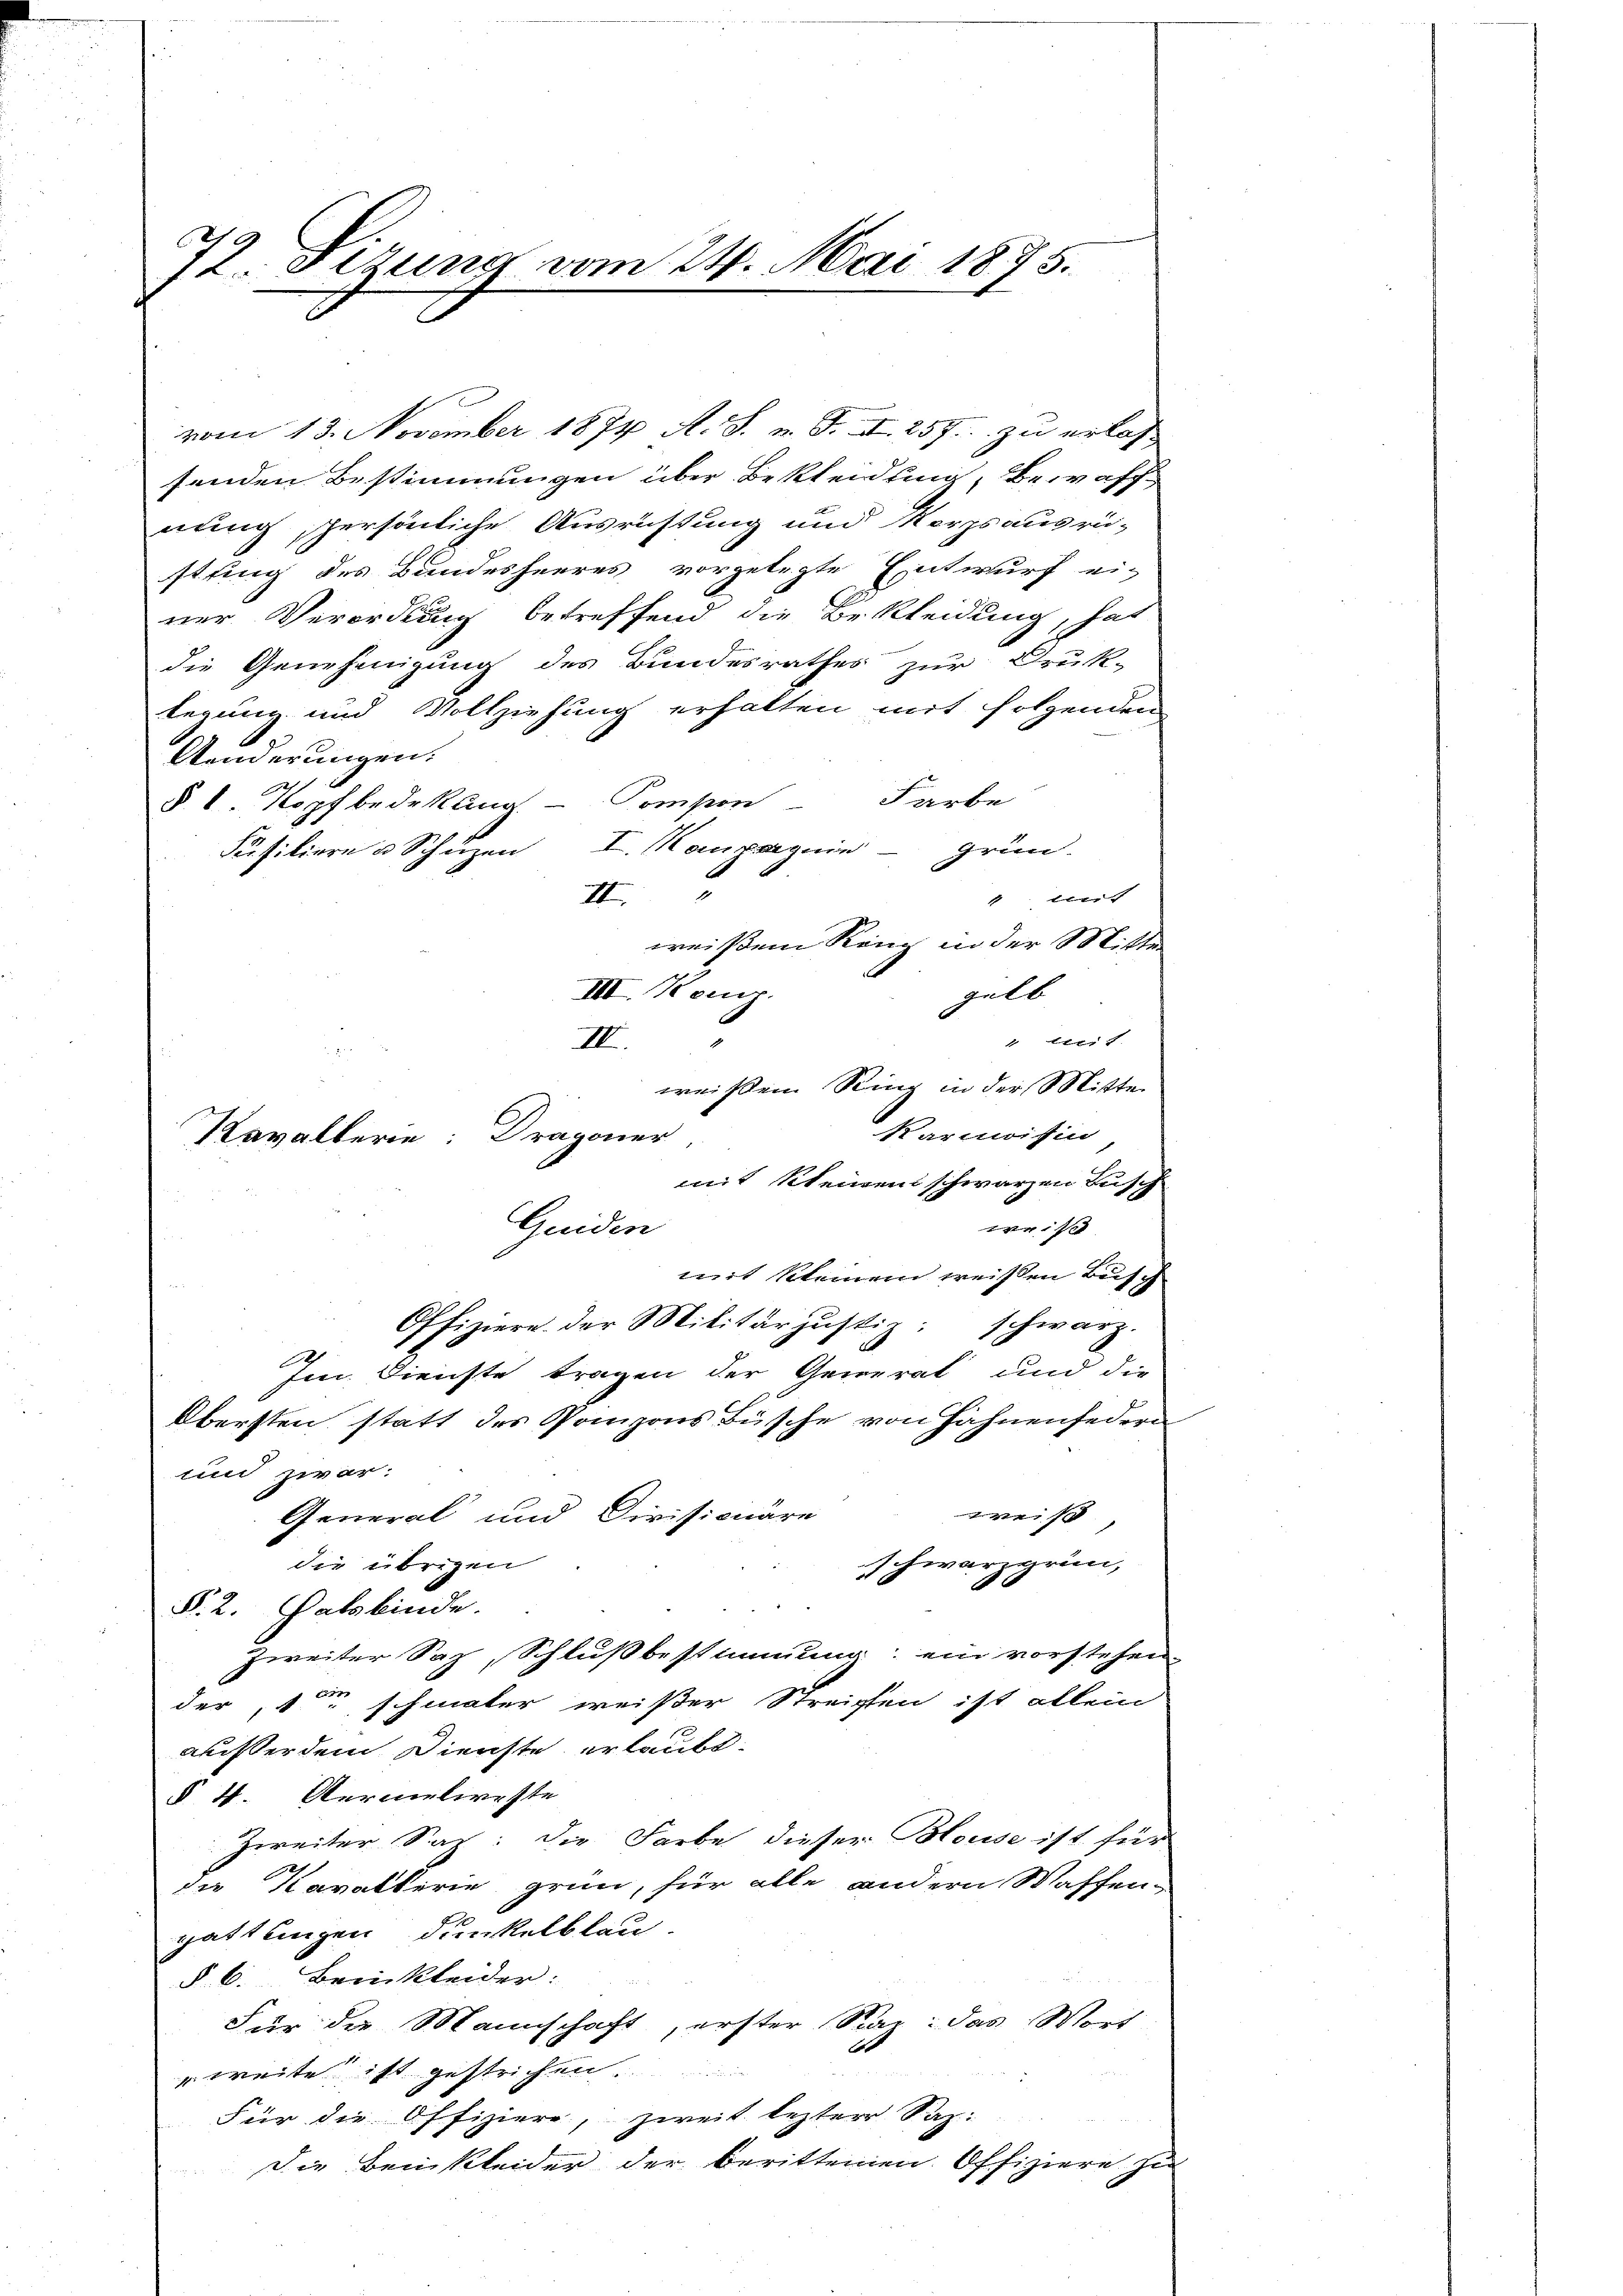
.
12. Stzung vom 24. Mai 1875.

vom 13. November 1874 A. S. n. F. II 257 zu erlas
senden Bestimmungen über Bekleidung, Bewaff
nung, persönliche Ausrüstung und Korps ausrü-
stung des Bundesheeres vorgelegte Entwurf ei-
ner Verordnung betreffend die Bekleidung, hat
die Genehmigung des Bundesrathes zur Druk-
legung und Vollziehung erhalten mit folgenden
Aenderungen.
§ 1. Kopfbedekung - Compon Farbe
Furitiere u Schüzen I. Kompagnie - Grün-
II.
1 bleit
weißem Rang in der Mitter
gelb
 Ebert.
mit kleinem schwarzen Busch
weis
mit Kleinem weißen Busch
Offiziere der Militärjustiz; schwarz.
Im Dienste tragen der General und die
Obersten statt des Panzons Büsche von Zähnenfeder¬
und zwar:
weiß,
General und Dirissionäre
die übrigen
schwarzgrün,
§. 2. Halsbinde.
Zweiter Saz, Schlußbestimmung: ein vorstehen
der, 1 schmater weißer Streiften ist allein
außer dem Dienste erlaubt.
§ 4. Aermelweste
Zweiter Sah: die Farbe dieser Blouse ist für
s
die Kavatterie grün, für alle andern Waffen-
gattlingen dunkelblau-
§ 6. Beinkleider:
Für die Mannschaft, erster Saaz: das Wort
weite ist gestrichen .......
Für die Offiziere, zweit lezter Saz:
Die Beinkleider der beritteinen Offiziere zi

III. Konr.
2
III.
g
Kavallerie; Dragoner
Guiden

weißen Ring in der Mitte
Karmoisin,